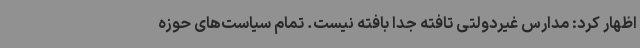
اظهار کرد: مدارس غیردولتی تافته جدا بافته نیست. تمام سیاست‌های حوزه